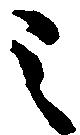
之